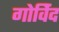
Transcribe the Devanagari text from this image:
गोविेंद